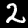
Digit: 2